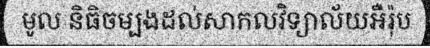
មូល និធិចម្បងដល់សាកលវិទ្យាល័យអឺរ៉ុប